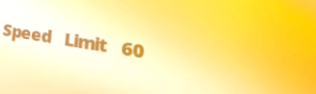
Speed Limit 60